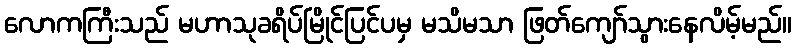
လောကကြီးသည် မဟာသုခရိပ်မြိုင်ပြင်ပမှ မသိမသာ ဖြတ်ကျော်သွားနေလိမ့်မည်။